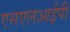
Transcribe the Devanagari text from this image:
एसएलआईपी